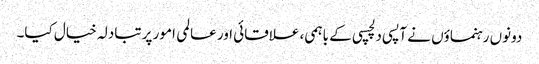
دونوں رہنماؤں نے آپسی دلچسپی کے باہمی، علاقائی اور عالمی امور پر تبادلہ خیال کیا۔